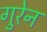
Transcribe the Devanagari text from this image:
गुरेन